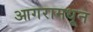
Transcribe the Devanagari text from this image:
आगरामधून